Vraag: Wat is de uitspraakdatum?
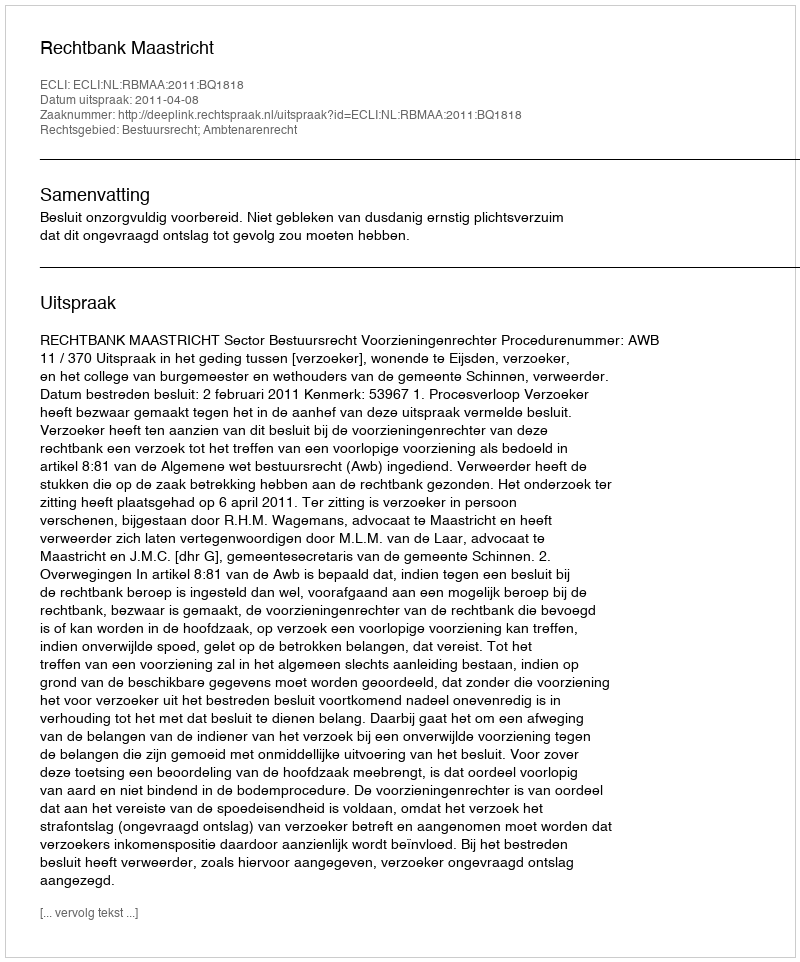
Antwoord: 2011-04-08